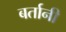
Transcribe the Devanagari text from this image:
बर्तानी